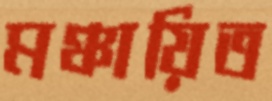
মঞ্চায়িত